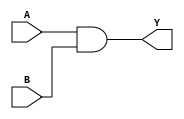
`timescale 1ns / 1ps

//
// -----------------------------------------------------------------
// COMPANY : Ruhr University Bochum
// DOCUMENT: https://eprint.iacr.org/2021/569/
// -----------------------------------------------------------------
//
// Copyright (c) 2021, David Knichel, Amir Moradi, Nicolai Mller, Pascal Sasdrich
//
// All rights reserved.
//
// THIS SOFTWARE IS PROVIDED BY THE COPYRIGHT HOLDERS AND CONTRIBUTORS "AS IS" AND
// ANY EXPRESS OR IMPLIED WARRANTIES, INCLUDING, BUT NOT LIMITED TO, THE IMPLIED
// WARRANTIES OF MERCHANTABILITY AND FITNESS FOR A PARTICULAR PURPOSE ARE
// DISCLAIMED. IN NO EVENT SHALL THE COPYRIGHT HOLDER OR CONTRIBUTERS BE LIABLE FOR ANY
// DIRECT, INDIRECT, INCIDENTAL, SPECIAL, EXEMPLARY, OR CONSEQUENTIAL DAMAGES
// (INCLUDING, BUT NOT LIMITED TO, PROCUREMENT OF SUBSTITUTE GOODS OR SERVICES;
// LOSS OF USE, DATA, OR PROFITS; OR BUSINESS INTERRUPTION) HOWEVER CAUSED AND
// ON ANY THEORY OF LIABILITY, WHETHER IN CONTRACT, STRICT LIABILITY, OR TORT
// (INCLUDING NEGLIGENCE OR OTHERWISE) ARISING IN ANY WAY OUT OF THE USE OF THIS
// SOFTWARE, EVEN IF ADVISED OF THE POSSIBILITY OF SUCH DAMAGE.
//
// Please see LICENSE and README for license and further instructions.
//


//////////////////////////////////////////////////////////////////////////////////

module AND(
    input  A,
	 input  B,
    output Y
    );

 assign Y = A & B;

endmodule

//////////////////////////////////////////////////////////////////////////////////

module NAND(
    input  A,
	 input  B,
    output Y
    );

 assign Y = ~(A & B);

endmodule

//////////////////////////////////////////////////////////////////////////////////

module OR(
    input  A,
	 input  B,
    output Y
    );

 assign Y = A | B;

endmodule

//////////////////////////////////////////////////////////////////////////////////

module NOR(
    input  A,
	 input  B,
    output Y
    );

 assign Y = ~(A | B);

endmodule

//////////////////////////////////////////////////////////////////////////////////

module XOR(
    input  A,
	 input  B,
    output Y
    );

 assign Y = A ^ B;

endmodule

//////////////////////////////////////////////////////////////////////////////////

module XNOR(
    input  A,
	 input  B,
    output Y
    );

 assign Y = ~(A ^ B);

endmodule

//////////////////////////////////////////////////////////////////////////////////

module NOT(
    input  A,
    output Y
    );

 assign Y = ~A;

endmodule

//////////////////////////////////////////////////////////////////////////////////

module BUFF(
    input  A,
    output Y
    );

 assign Y = A;

endmodule

//////////////////////////////////////////////////////////////////////////////////

module DFF(
    input  C,
	 input  D,
    output reg Q = 1'b0
    );

	always @(posedge C) 
	begin
		Q <= D; 
	end 
	
endmodule

//////////////////////////////////////////////////////////////////////////////////

module DFF_X(
    input  C,
	 input  D,
    output reg Q = 1'b0,
    output QN
    );

	always @(posedge C) 
	begin
		Q <= D; 
	end 

	assign QN = ~Q;
	
endmodule

//////////////////////////////////////////////////////////////////////////////////

module Latch_X(
    input  E,
	 input  D,
    output reg Q = 1'b0,
    output QN
    );

	always @(E) 
	begin
		if (E)
			Q <= D; 
	end
	
	assign QN = ~Q;
		
endmodule

//////////////////////////////////////////////////////////////////////////////////
//////////////////////////////////////////////////////////////////////////////////

module BUF_X1(
    input  A,
    output Z
    );

	assign Z = A;
		
endmodule

//////////////////////////////////////////////////////////////////////////////////

module INV_X1(
    input  A,
    output ZN
    );

 assign ZN = ~A;

endmodule

module INV_X2(
    input  A,
    output ZN
    );

 assign ZN = ~A;

endmodule

module INV_X4(
    input  A,
    output ZN
    );

 assign ZN = ~A;

endmodule

//////////////////////////////////////////////////////////////////////////////////

module AND2_X1(
    input  A1,
	 input  A2,
    output ZN
    );

 assign ZN = A1 & A2;

endmodule

//////////////////////////////////////////////////////////////////////////////////

module XOR2_X1(
    input  A,
	 input  B,
    output Z
    );

 assign Z= A ^ B;

endmodule

module XOR2_X2(
    input  A,
	 input  B,
    output Z
    );

 assign Z= A ^ B;

endmodule

module XOR2_X4(
    input  A,
	 input  B,
    output Z
    );

 assign Z= A ^ B;

endmodule


//////////////////////////////////////////////////////////////////////////////////

module XNOR2_X1(
    input  A,
	 input  B,
    output ZN
    );

 assign ZN= ~(A ^ B);

endmodule

module XNOR2_X2(
    input  A,
	 input  B,
    output ZN
    );

 assign ZN= ~(A ^ B);

endmodule

module XnOR2_X4(
    input  A,
	 input  B,
    output ZN
    );

 assign ZN= ~(A ^ B);

endmodule

//////////////////////////////////////////////////////////////////////////////////

module OR2_X1(
    input  A1,
	 input  A2,
    output ZN
    );

 assign ZN= A1 | A2;

endmodule

module OR2_X2(
    input  A1,
	 input  A2,
    output ZN
    );

 assign ZN= A1 | A2;

endmodule

module OR2_X4(
    input  A1,
	 input  A2,
    output ZN
    );

 assign ZN= A1 | A2;

endmodule

//////////////////////////////////////////////////////////////////////////////////

module NOR2_X1(
    input  A1,
	 input  A2,
    output ZN
    );

 assign ZN= ~(A1 | A2);

endmodule

module NOR2_X2(
    input  A1,
	 input  A2,
    output ZN
    );

 assign ZN= ~(A1 | A2);

endmodule

module NOR2_X4(
    input  A1,
	 input  A2,
    output ZN
    );

 assign ZN= ~(A1 | A2);

endmodule

//////////////////////////////////////////////////////////////////////////////////

module NAND2_X1(
    input  A1,
	 input  A2,
    output ZN
    );

 assign ZN= ~(A1 & A2);

endmodule

module NAND2_X2(
    input  A1,
	 input  A2,
    output ZN
    );

 assign ZN= ~(A1 & A2);

endmodule

module NAND2_X4(
    input  A1,
	 input  A2,
    output ZN
    );

 assign ZN= ~(A1 & A2);

endmodule

//////////////////////////////////////////////////////////////////////////////////

module DFF_X1(
    input  D,
    input  CK,
    output reg Q = 1'b0,
    output QN
    );

	always @(posedge CK) 
	begin
		Q <= D; 
	end 
	
	assign QN = ~Q;
	
endmodule

//////////////////////////////////////////////////////////////////////////////////

module DFF_X2(
    input  D,
    input  CK,
    output reg Q = 1'b0,
    output QN
    );

	always @(posedge CK) 
	begin
		Q <= D; 
	end 
	
	assign QN = ~Q;
	
endmodule

//////////////////////////////////////////////////////////////////////////////////

module DFF_X4(
    input  D,
    input  CK,
    output reg Q = 1'b0,
    output QN
    );

	always @(posedge CK) 
	begin
		Q <= D; 
	end 
	
	assign QN = ~Q;
	
endmodule


//////////////////////////////////////////////////////////////////////////////////

module MUX2_X1(
    input  S,
	 input  A,
	 input  B,
    output Z
    );

 assign Z = ((~S) & A) | (S & B);

endmodule

module MUX2_X2(
    input  S,
	 input  A,
	 input  B,
    output Z
    );

 assign Z = ((~S) & A) | (S & B);

endmodule

//////////////////////////////////////////////////////////////////////////////////